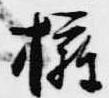
擁